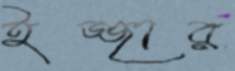
ইজ্জার